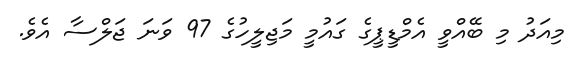
މިއަދު މި ބޭއްވީ އެމްޑީޕީގެ ގައުމީ މަޖިލީހުގެ 97 ވަނަ ޖަލްސާ އެވެ.